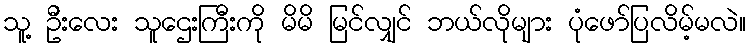
သူ့ ဦးလေး သူဌေးကြီးကို မိမိ မြင်လျှင် ဘယ်လိုများ ပုံဖော်ပြလိမ့်မလဲ။